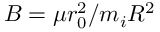
B = \mu r _ { 0 } ^ { 2 } / m _ { i } R ^ { 2 }